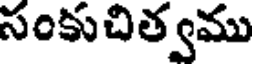
సంకుచిత్వము